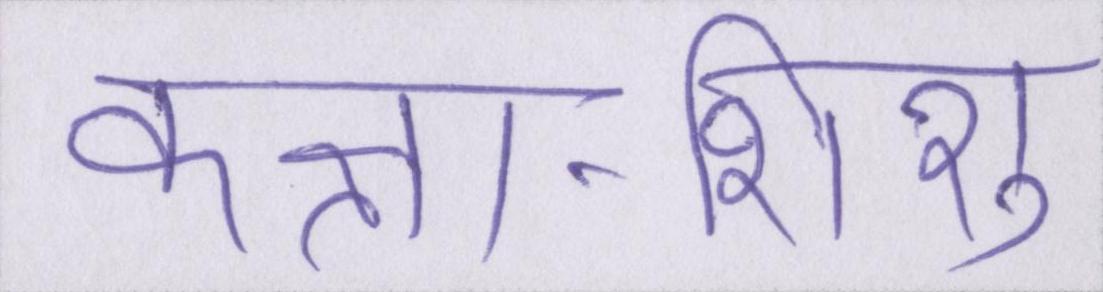
कक्षा-शिशु